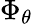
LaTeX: \Phi_{\theta}